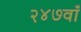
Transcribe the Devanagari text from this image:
२४७वाँ